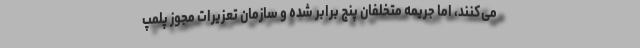
می‌کنند، اما جریمه متخلفان پنج برابر شده و سازمان تعزیرات مجوز پلمپ